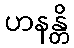
ဟနန္တိ